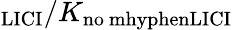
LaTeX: _\mathrm{LICI}/K_{\mathrm{no\ mhyphenLICI}}